Scottish Certificate of Education, 1962
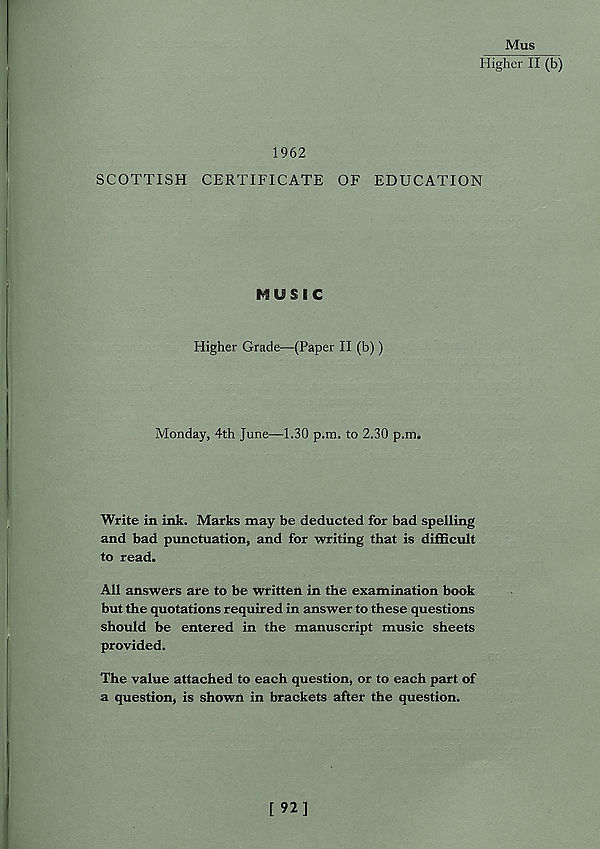
Mus
Higher II (b)
1962
SCOTTISH CERTIFICATE OF EDUCATION
MUSIC
Higher Grade—(Paper II (b))
Monday, 4th June—1.30 p.m. to 2.30 p.m.
Write in ink. Marks may be deducted for bad spelling
and bad punctuation, and for writing that is difficult
to read.
All answers are to be written in the examination book
but the quotations required in answer to these questions
should be entered in the manuscript music sheets
provided.
The value attached to each question, or to each part of
a question, is shown in brackets after the question.
[ 92]